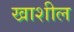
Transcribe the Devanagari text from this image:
खाशील